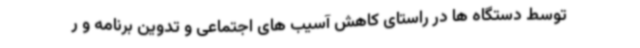
توسط دستگاه ها در راستای کاهش آسیب های اجتماعی و تدوین برنامه و ر